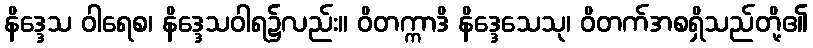
နိဒ္ဒေသ ဝါရေစ၊ နိဒ္ဒေသဝါရ၌လည်း။ ဝိတက္ကာဒိ နိဒ္ဒေသေသု၊ ဝိတက်အစရှိသည်တို့၏